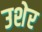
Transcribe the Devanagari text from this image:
उशेर